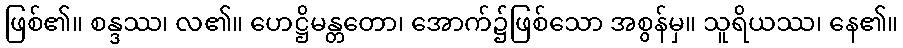
ဖြစ်၏။ စန္ဒဿ၊ လ၏။ ဟေဋ္ဌိမန္တတော၊ အောက်၌ဖြစ်သော အစွန်မှ။ သူရိယဿ၊ နေ၏။